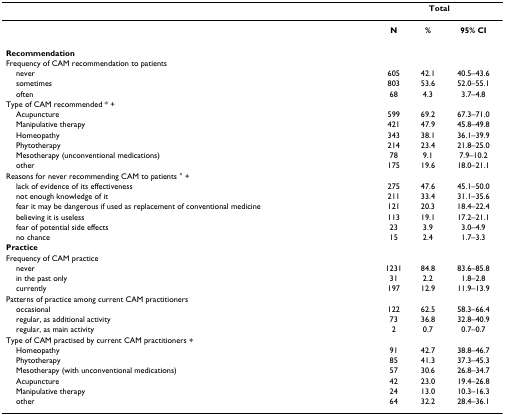
|  | <COLSPAN=3> Total |
 | --- | --- | --- | --- |
 |  | N | % | 95% CI |
 | Recommendation |  |  |  |
 | Frequency of CAM recommendation to patients |  |  |  |
 | never | 605 | 42.1 | 40.5–43.6 |
 | sometimes | 803 | 53.6 | 52.0–55.1 |
 | often | 68 | 4.3 | 3.7–4.8 |
 | Type of CAM recommended * + |  |  |  |
 | Acupuncture | 599 | 69.2 | 67.3–71.0 |
 | Manipulative therapy | 421 | 47.9 | 45.8–49.8 |
 | Homeopathy | 343 | 38.1 | 36.1–39.9 |
 | Phytotherapy | 214 | 23.4 | 21.8–25.0 |
 | Mesotherapy (unconventional medications) | 78 | 9.1 | 7.9–10.2 |
 | other | 175 | 19.6 | 18.0–21.1 |
 | Reasons for never recommending CAM to patients ° + |  |  |  |
 | lack of evidence of its effectiveness | 275 | 47.6 | 45.1–50.0 |
 | not enough knowledge of it | 211 | 33.4 | 31.1–35.6 |
 | fear it may be dangerous if used as replacement of conventional medicine | 121 | 20.3 | 18.4–22.4 |
 | believing it is useless | 113 | 19.1 | 17.2–21.1 |
 | fear of potential side effects | 23 | 3.9 | 3.0–4.9 |
 | no chance | 15 | 2.4 | 1.7–3.3 |
 | Practice |  |  |  |
 | Frequency of CAM practice |  |  |  |
 | never | 1231 | 84.8 | 83.6–85.8 |
 | in the past only | 31 | 2.2 | 1.8–2.8 |
 | currently | 197 | 12.9 | 11.9–13.9 |
 | Patterns of practice among current CAM practitioners |  |  |  |
 | occasional | 122 | 62.5 | 58.3–66.4 |
 | regular, as additional activity | 73 | 36.8 | 32.8–40.9 |
 | regular, as main activity | 2 | 0.7 | 0.7–0.7 |
 | Type of CAM practised by current CAM practitioners + |  |  |  |
 | Homeopathy | 91 | 42.7 | 38.8–46.7 |
 | Phytotherapy | 85 | 41.3 | 37.3–45.3 |
 | Mesotherapy (with unconventional medications) | 57 | 30.6 | 26.8–34.7 |
 | Acupuncture | 42 | 23.0 | 19.4–26.8 |
 | Manipulative therapy | 24 | 13.0 | 10.3–16.3 |
 | other | 64 | 32.2 | 28.4–36.1 |